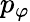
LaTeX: p_{\varphi}